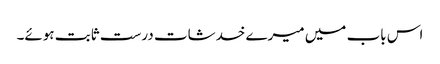
اس باب میں میرے خدشات درست ثابت ہوئے۔